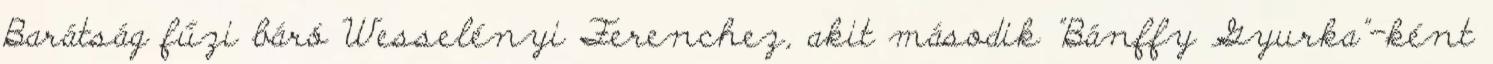
Barátság fűzi báró Wesselényi Ferenchez, akit második "Bánffy Gyurka"-ként